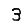
Digit: 3